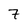
Character: 7